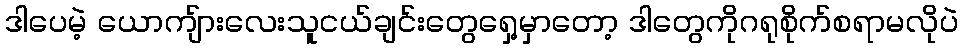
ဒါပေမဲ့ ယောကျ်ားလေးသူငယ်ချင်းတွေရှေ့မှာတော့ ဒါတွေကိုဂရုစိုက်စရာမလိုပဲ